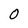
Character: O